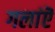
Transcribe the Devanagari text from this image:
गलांऎ